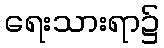
ရေးသားရာ၌